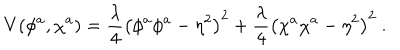
V ( \phi ^ { a } , \chi ^ { a } ) = \frac { \lambda } 4 \left( \phi ^ { a } \phi ^ { a } - \eta ^ { 2 } \right) ^ { 2 } + \frac { \lambda } 4 \left( \chi ^ { a } \chi ^ { a } - \eta ^ { 2 } \right) ^ { 2 } \ .